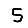
Digit: 5